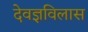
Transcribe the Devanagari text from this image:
देवज्ञविलास